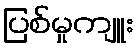
ပြစ်မှုကျူး